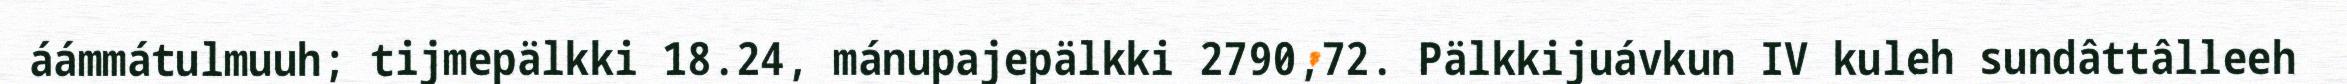
áámmátulmuuh; tijmepälkki 18.24, mánupajepälkki 2790,72. Pälkkijuávkun IV kuleh sundâttâlleeh